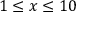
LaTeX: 1 \leq x \leq 1 0